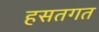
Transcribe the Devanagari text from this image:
हसतगत